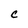
Character: C